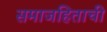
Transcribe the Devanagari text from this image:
समाजहिताची